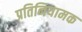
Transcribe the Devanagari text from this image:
प्रतिनियामक